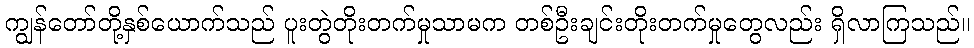
ကျွန်တော်တို့နှစ်ယောက်သည် ပူးတွဲတိုးတက်မှုသာမက တစ်ဦးချင်းတိုးတက်မှုတွေလည်း ရှိလာကြသည်။